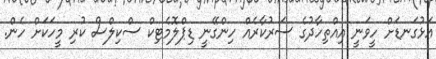
އަޅުގަނޑަށް ހީވަނީ އިއްތިހާދުގެ ސަރުކާރެއް ހިންގޭނީ ޑިޕްލޮމެޓިކް ސްކިލްސް ކުރި މީހަކަށް ހެން.